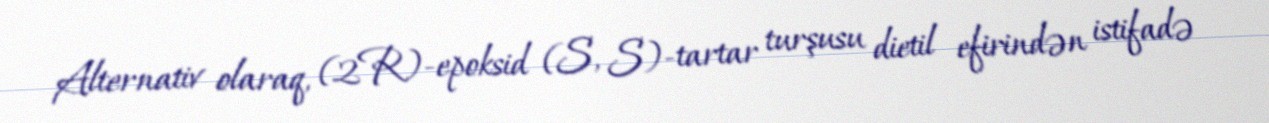
Alternativ olaraq, (2R)-epoksid (S, S)-tartar turşusu dietil efirindən istifadə